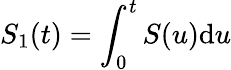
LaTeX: S_{1}(t)=\int_{0}^{t}S(u)\mathrm{d}u